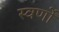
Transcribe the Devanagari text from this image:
स्वर्णों